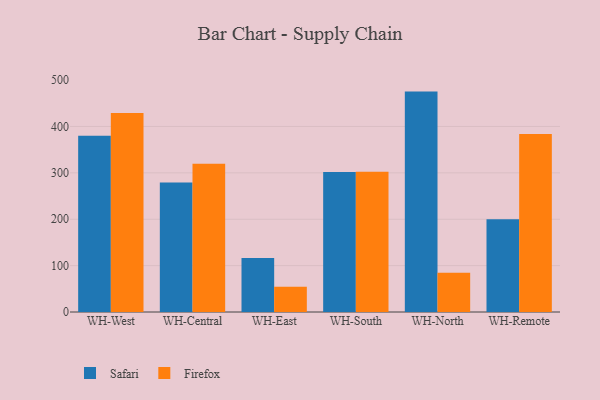
{"axis": {"x": "Warehouse", "y": "Operating Costs (USD K)"}, "legend": ["Firefox", "Safari"], "data": [{"x": "WH-West", "y": 379.8, "type": "Safari"}, {"x": "WH-West", "y": 428.8, "type": "Firefox"}, {"x": "WH-Central", "y": 279.3, "type": "Safari"}, {"x": "WH-Central", "y": 319.8, "type": "Firefox"}, {"x": "WH-East", "y": 116.5, "type": "Safari"}, {"x": "WH-East", "y": 54.6, "type": "Firefox"}, {"x": "WH-South", "y": 301.8, "type": "Safari"}, {"x": "WH-South", "y": 302.3, "type": "Firefox"}, {"x": "WH-North", "y": 475.2, "type": "Safari"}, {"x": "WH-North", "y": 84.6, "type": "Firefox"}, {"x": "WH-Remote", "y": 199.8, "type": "Safari"}, {"x": "WH-Remote", "y": 383.7, "type": "Firefox"}]}